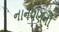
નાનપણનો